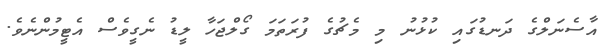
އާސެނަލްގެ ދަނޑުގައި ކުޅުނު މި މެޗުގެ ފުރަތަމަ ގޯލްޖަހާ ލީޑު ނެގީވެސް އެޓީމުންނެވެ.